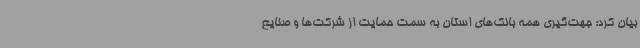
بیان کرد: جهت‌گیری همه بانک‌های استان به سمت حمایت از شرکت‌ها و صنایع